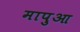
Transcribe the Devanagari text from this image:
मापुआ